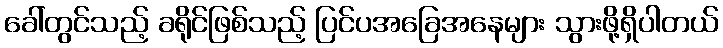
ခေါ်တွင်သည့် ခရိုင်ဖြစ်သည့် ပြင်ပအခြေအနေများ သွားဖို့ရှိပါတယ်